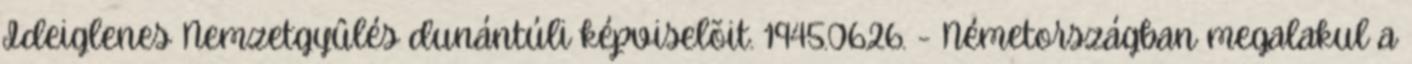
Ideiglenes Nemzetgyûlés dunántúli képviselõit. 1945.06.26. - Németországban megalakul a